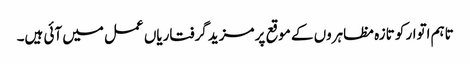
تاہم اتوار کو تازہ مظاہروں کے موقع پر مزید گرفتاریاں عمل میں آئی ہیں۔